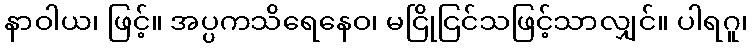
နာဝါယ၊ ဖြင့်။ အပ္ပကသိရေနေဝ၊ မငြိုငြင်သဖြင့်သာလျှင်။ ပါရဂူ၊